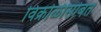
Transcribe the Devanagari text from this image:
विक्रोळीसोबत